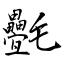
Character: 氎